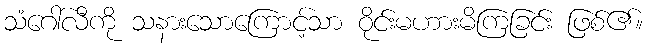
သံဂေါ်လီကို သနားသောကြောင့်သာ ဝိုင်းမဟားမိကြခြင်း ဖြစ်၏။